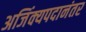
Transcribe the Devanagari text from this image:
अजिंक्यपदानंतर